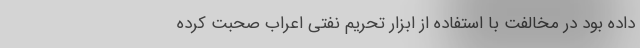
داده بود در مخالفت با استفاده از ابزار تحریم نفتی اعراب صحبت کرده